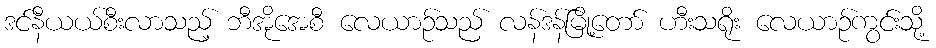
ဒင်နီယယ်စီးလာသည့် ဘီအိုအေစီ လေယာဉ်သည် လန်ဒန်မြို့တော် ဟီးသရိုး လေယာဉ်ကွင်းသို့